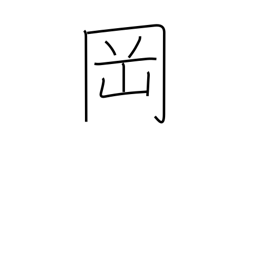
Meaning: knoll